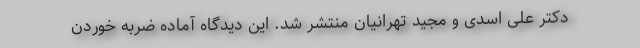
دکتر علی اسدی و مجید تهرانیان منتشر شد. این دیدگاه آماده ضربه خوردن